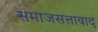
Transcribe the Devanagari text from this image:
समाजसत्तावाद